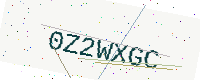
Text: 0Z2WXGC